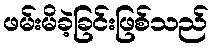
ဖမ်းမိခဲ့ခြင်းဖြစ်သည်